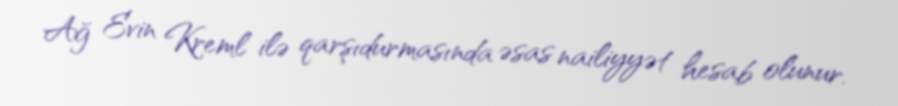
Ağ Evin Kreml ilə qarşıdurmasında əsas nailiyyət hesab olunur.